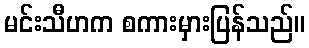
မင်းသီဟက စကားမှားပြန်သည်။